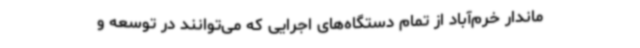
ماندار خرم‌آباد از تمام دستگاه‌های اجرایی که می‌توانند در توسعه و